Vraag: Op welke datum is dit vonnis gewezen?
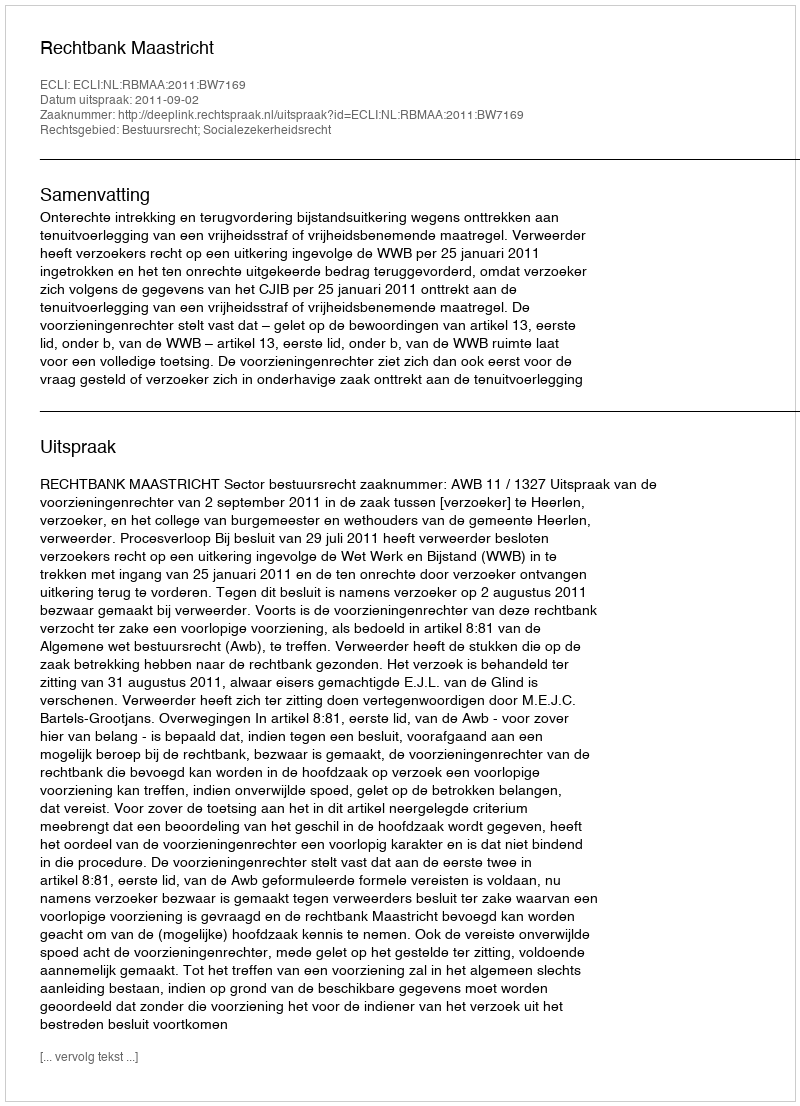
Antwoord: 2011-09-02